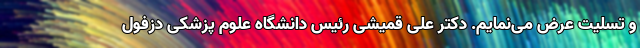
و تسلیت عرض می‌نمایم. دکتر علی قمیشی رئیس دانشگاه علوم پزشکی دزفول